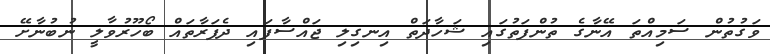
ވަގުތުން ސަމިއްތަ އޭނާގެ ތުންފަތުގައި ޝަހާދަތް އިނގިލި ޖައްސާފައި ދެފަރާތައް ބޯހޫރުވާލީ ނުބުނާށޭ